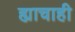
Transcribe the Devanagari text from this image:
ह्याचाही